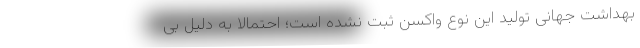
بهداشت جهانی تولید این نوع واکسن ثبت نشده است؛ احتمالا به دلیل بی